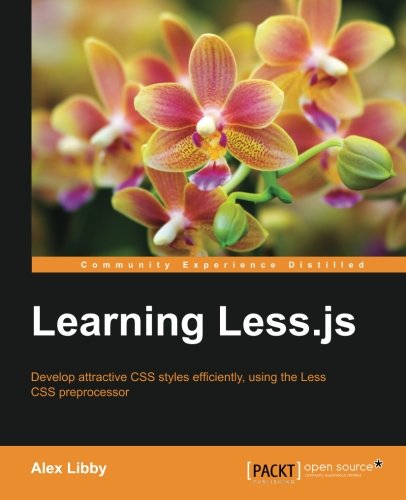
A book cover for Learning Less.js; Alex Libby; Computers & Technology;